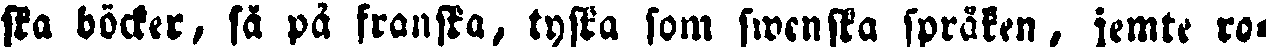
ska böcker, så på franska, tyska som swenska språken, jemte ro-